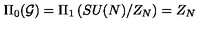
\Pi _ { 0 } ( { \cal G } ) = \Pi _ { 1 } \left( S U ( N ) / Z _ { N } \right) = Z _ { N }